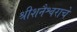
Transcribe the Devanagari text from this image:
श्रीशनैश्वराचे